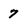
Character: 7